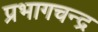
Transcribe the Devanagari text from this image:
प्रभागचन्द्र